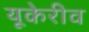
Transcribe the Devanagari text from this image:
यूकेरीव